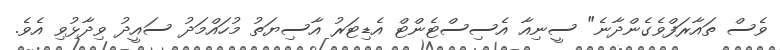
ވެސް ތައާރަފްވެގެންދާނެ" ސީނިއާ އެސިސްޓެންޓް އެޑިޓަރު އާސިޔަތު މުހައްމަދު ސައީދު ވިދާޅުވި އެވެ.